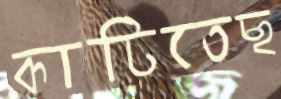
কাটিতেছ